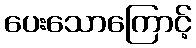
ပေးသောကြောင့်